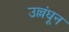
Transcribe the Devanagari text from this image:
उल्लंघून